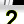
Digit: 2